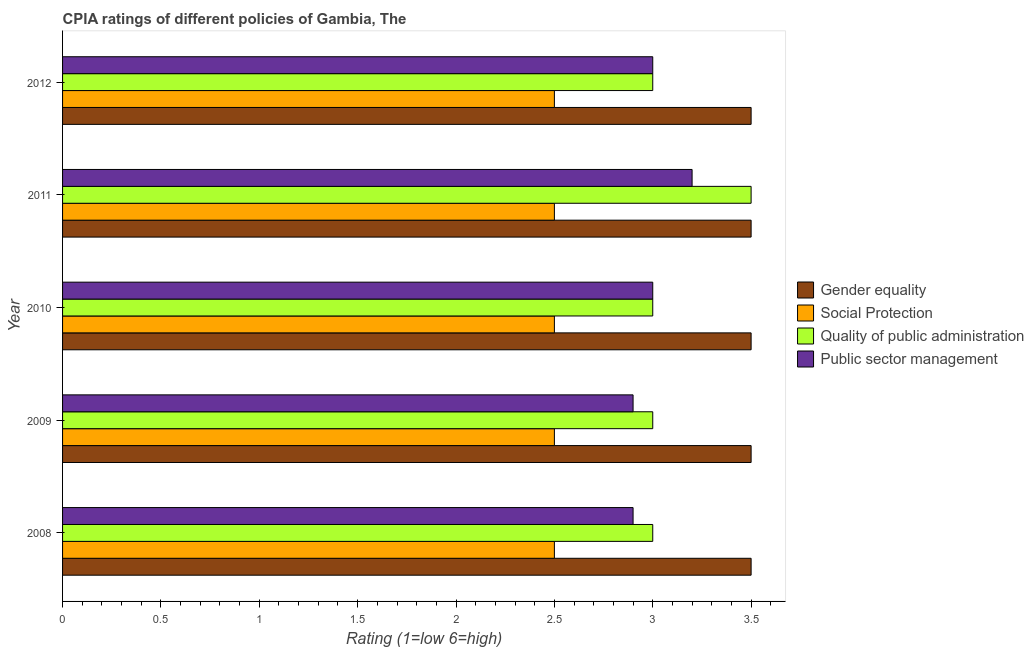
| Year | Gender equality | Social Protection | Quality of public administration | Public sector management |
 | --- | --- | --- | --- | --- |
 | 2008 | 3.5 | 2.5 | 3 | 2.9 |
 | 2009 | 3.5 | 2.5 | 3 | 2.9 |
 | 2010 | 3.5 | 2.5 | 3 | 3 |
 | 2011 | 3.5 | 2.5 | 3.5 | 3.2 |
 | 2012 | 3.5 | 2.5 | 3 | 3 |